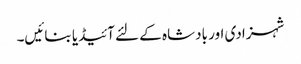
شہزادی اور بادشاہ کے لئے آئیڈیا بنائیں۔